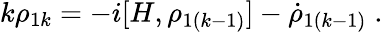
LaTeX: k\rho_{1k}=-i[H,\rho_{1(k-1)}]-\dot{\rho}_{1(k-1)}\; .